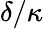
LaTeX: \delta/\kappa